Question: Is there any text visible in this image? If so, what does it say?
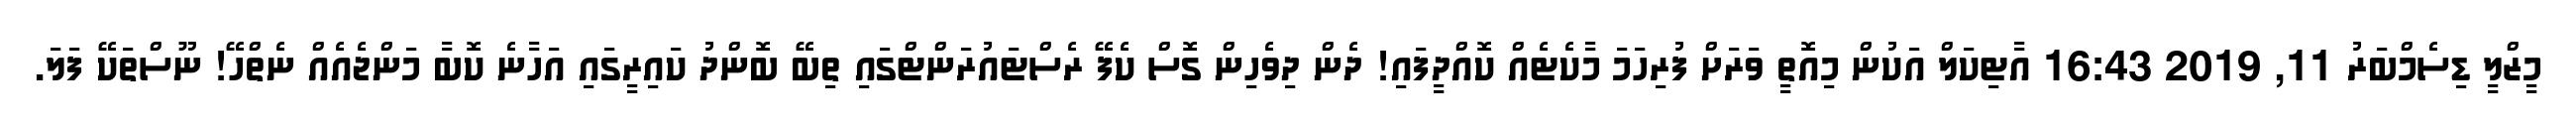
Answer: މީޒްލީ ޑިސެމްބަރު 11, 2019 16:43 އާޓިކަލް އަކުން މިއޮތީ ވަރަށް ފުރިހަމަ މާކެޓެއް ކޮއްދީފައި! ދެން ދިވެހިން ގޮސް ކެފޭ ރެސްޓައުރަންޓްގައި ތިބޭ ބޮންދު ކައިރީގައި އަހާނެ ކޮބާ މަންޖެއެއް ނެތްހޭ! ނޫސްތަކޭ ފަލަ.